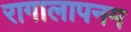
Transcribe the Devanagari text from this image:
रागालापनम